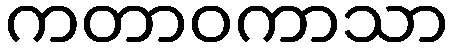
ကတာဝကာသာ